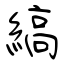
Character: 縞